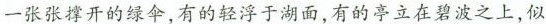
一张张撑开的绿伞，有的轻浮于湖面，有的亭立在碧波之上，似